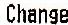
CHANGE